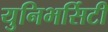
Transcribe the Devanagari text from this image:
युनिभर्सिटी